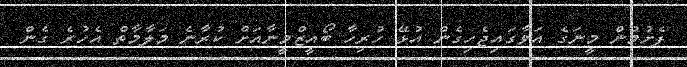
ފެށުމުން މީނަގެ އަވާގައިޖެހިގެން އުޅޭ ހުރިހާ ބޯއީޒްމީނާއަށް ކުރާނެ މަލާމާތް އެހުރެ ގެން